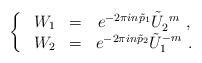
LaTeX: \begin{align*}\left\{~\begin{array}{ccc}W_1&=& e^{-2\pi i n \tilde{p}_1 } \tilde{U}_2^{~m}~, \\W_2&=& e^{-2\pi i n \tilde{p}_2 } \tilde{U}_1^{-m}~.\end{array}\right.\end{align*}